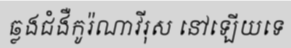
ឆ្លងជំងឺកូរ៉ណាវីរុស នៅឡើយទេ